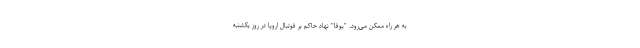
به هر راه ممکن می‌رود. "یوفا" نهاد حاکم بر فوتبال اروپا در روز یکشنبه